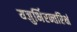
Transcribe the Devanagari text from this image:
यजुर्भिरन्तरिक्षं